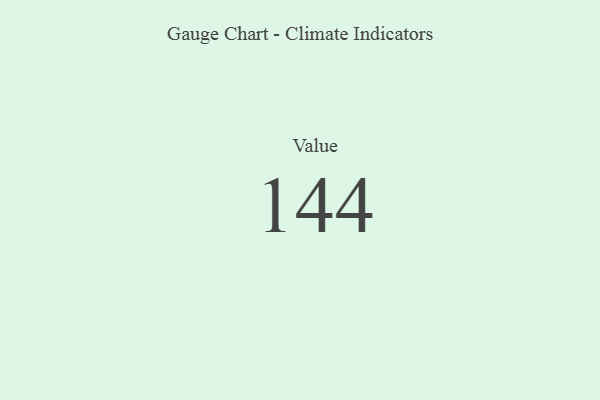
{"axis": {"x": "Metric", "y": "Value"}, "legend": [""], "data": [{"x": "Value", "y": 144, "type": ""}]}